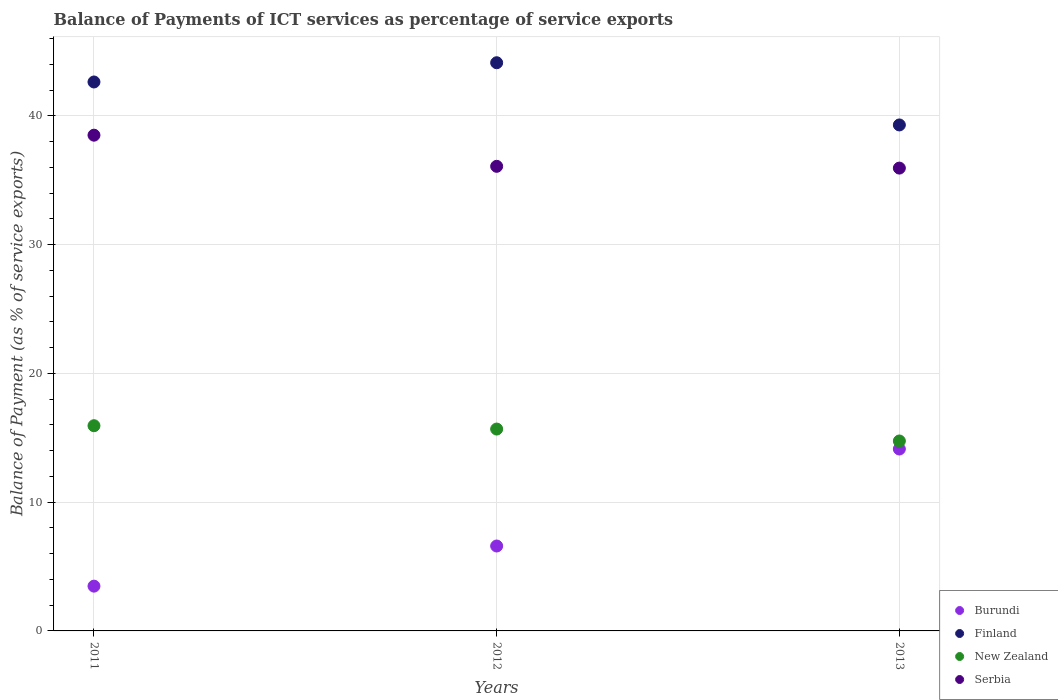
| Years | Burundi | Finland | New Zealand | Serbia |
 | --- | --- | --- | --- | --- |
 | 2011 | 3.48 | 42.6 | 15.9 | 38.5 |
 | 2012 | 6.59 | 44.1 | 15.7 | 36.1 |
 | 2013 | 14.1 | 39.3 | 14.8 | 35.9 |